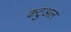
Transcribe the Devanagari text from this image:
कटुअल